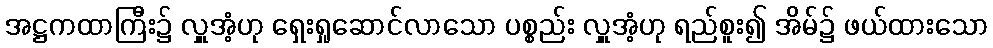
အဋ္ဌကထာကြီး၌ လှူအံ့ဟု ရှေးရှုဆောင်လာသော ပစ္စည်း လှူအံ့ဟု ရည်စူး၍ အိမ်၌ ဖယ်ထားသော